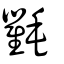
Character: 氍